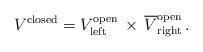
LaTeX: \begin{align*}V^{\rm closed} = V_{\rm left}^{\rm open}\, \times \, \overline{V}_{\rm right}^{\rm open} \,.\end{align*}